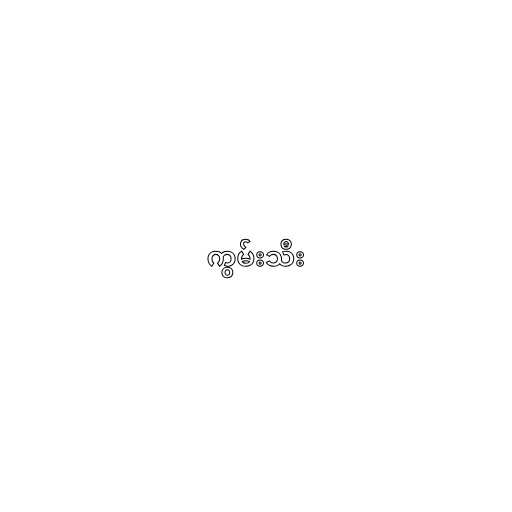
ကွမ်းသီး